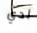
لدي